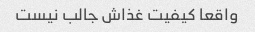
واقعا کیفیت غذاش جالب نیست